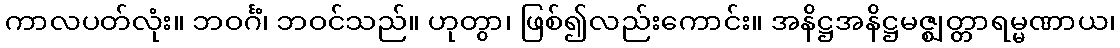
ကာလပတ်လုံး။ ဘဝင်္ဂံ၊ ဘဝင်သည်။ ဟုတွာ၊ ဖြစ်၍လည်းကောင်း။ အနိဋ္ဌအနိဋ္ဌမဇ္ဈတ္တာရမ္မဏာယ၊